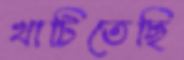
খাটিতেছি